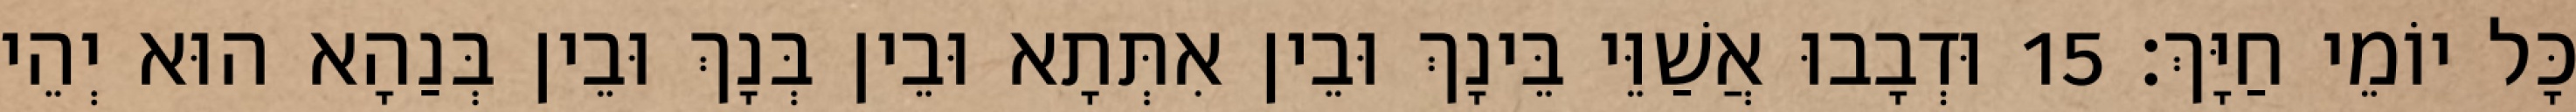
כָּל יוֹמֵי חַיָּךְ׃ 15 וּדְבָבוּ אֲשַׁוֵּי בֵּינָךְ וּבֵין אִתְּתָא וּבֵין בְּנָךְ וּבֵין בְּנַהָא הוּא יְהֵי